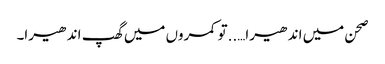
صحن میں اندھیرا…..تو کمروں میں گھپ اندھیرا۔